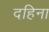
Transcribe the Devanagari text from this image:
दहिना